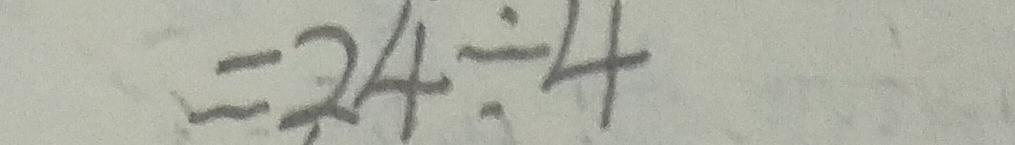
= 2 4 \div 4